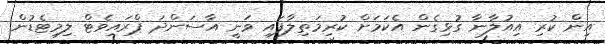
އިން ކުރި އިއުލާނާ ގުޅިގެން އެކަމަށް ކުރިމަތިލާފައި ވަނީ އާސަންދަ ޕްރައިވެޓް ލިމިޓެޑުން